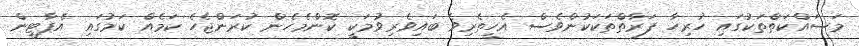
މަސައްކަތްތަކުގައި ހުރިހާ ފަރާތްތަކަކުންވެސް އެހީތެރިވެ ބައިވެރިވުމަކީ ކޮންމެހެން ކުރަންޖެހެ ކަމެއް ކަމުގައި އެޕާޓީން